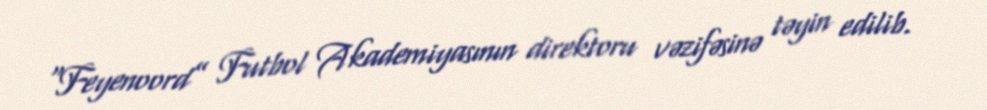
“Feyenoord” Futbol Akademiyasının direktoru vəzifəsinə təyin edilib.